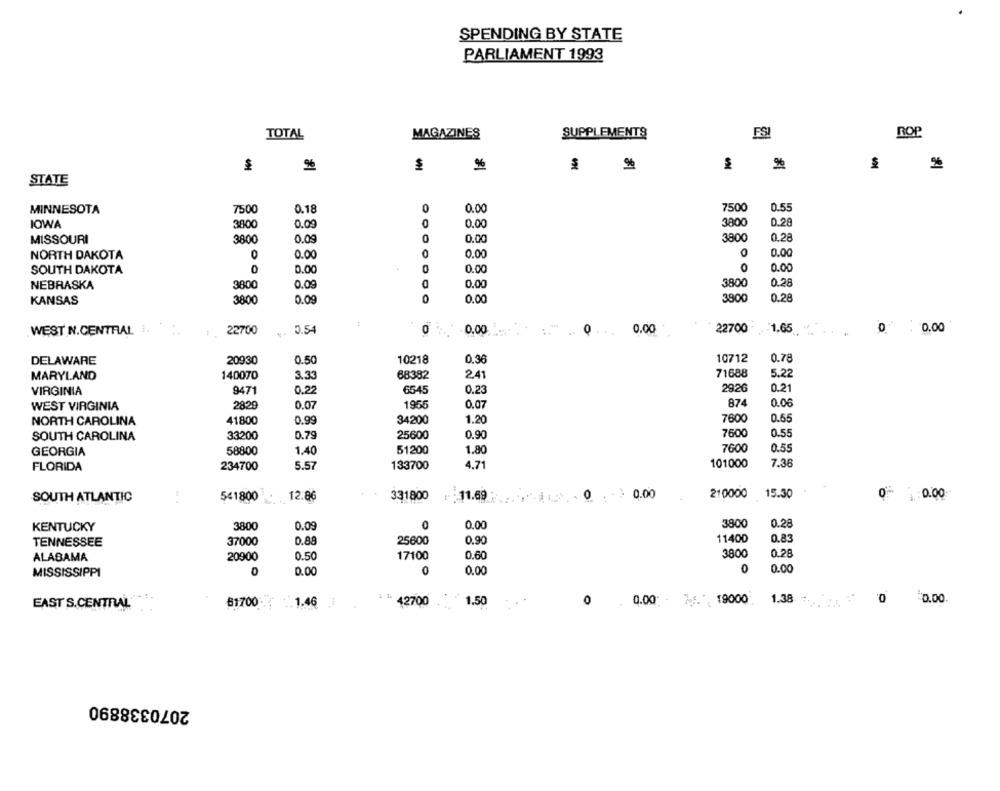
SPENDING BY STATE
PARLIAMENT 1993
TOTAL
MAGAZINES
SUPPLEMENTS
FSI
ROP
-
%
%
STATE
0.55
MINNESOTA
7500
0.18
0
0.00
7500
3800
0.28
IOWA
3800
0.09
0
0.00
0.00
0.28
MISSOURI
3800
0.09
0
3800
0
0.00
0
0.00
0.00
NORTH DAKOTA
SOUTH DAKOTA
0
0.00
0
0.00
0.00
NEBRASKA
3800
0.09
0.00
3800
0.28
KANSAS
380
0.09
0
0.00
3800
0.28
WEST N.CENTRAL I. ...
22700
0.54
0
0.00
0.00
22700
. : 1,65
0 0.00
DELAWARE
20930
0.50
10218
0.36
10712
0.78
71688
5.22
MARYLAND
140070
3.33
68382
2.41
0.22
2926
0.21
VIRGINIA
9471
6545
0.2
1965
874
0.06
WEST VIRGINIA
2829
0.07
0.07
41800
0.99
34200
7600
0.65
NORTH CAROLINA
1.20
33200
0.79
25600
0.90
7600
0.55
SOUTH CAROLINA
GEORGIA
58800
1.40
51200
1.80
7600
0.55
FLORIDA
234700
5.57
133700
4.71
101000
7.36
SOUTH ATLANTIC
541800
12.86
331800
:11.69 . ....
0.00
210000
15.30
- 1:0.00
3800
0.28
KENTUCKY
3800
0.09
0.00
11400
0.83
TENNESSEE
37000
0.88
25600
0.90
0.50
17100
0.60
3800
0.28
ALABAMA
20900
0
0.00
0
0.00
0
0.00
MISSISSIPPI
42700
1.50
0
0.00 % .. ", 19000.
1.38
'0
EAST S.CENTRAL
$1700
. 1.46
2070338890